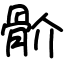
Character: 骱